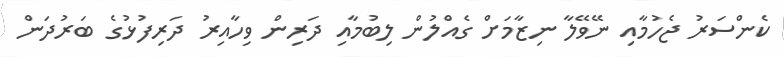
ކެންސަރު ޖެހުމާއި ނޭވޭލާ ނިޒާމަށް ގެއްލުން ލިބުމާއި ދަރިން ވިހާއިރު ދަރިފުޅުގެ ބަރުދަން